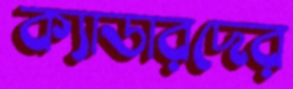
ক্যাডারদের